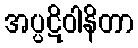
အပ္ပဋိဝါနိတာ